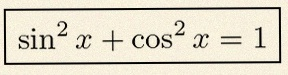
\sin^2x+\cos^2x=1